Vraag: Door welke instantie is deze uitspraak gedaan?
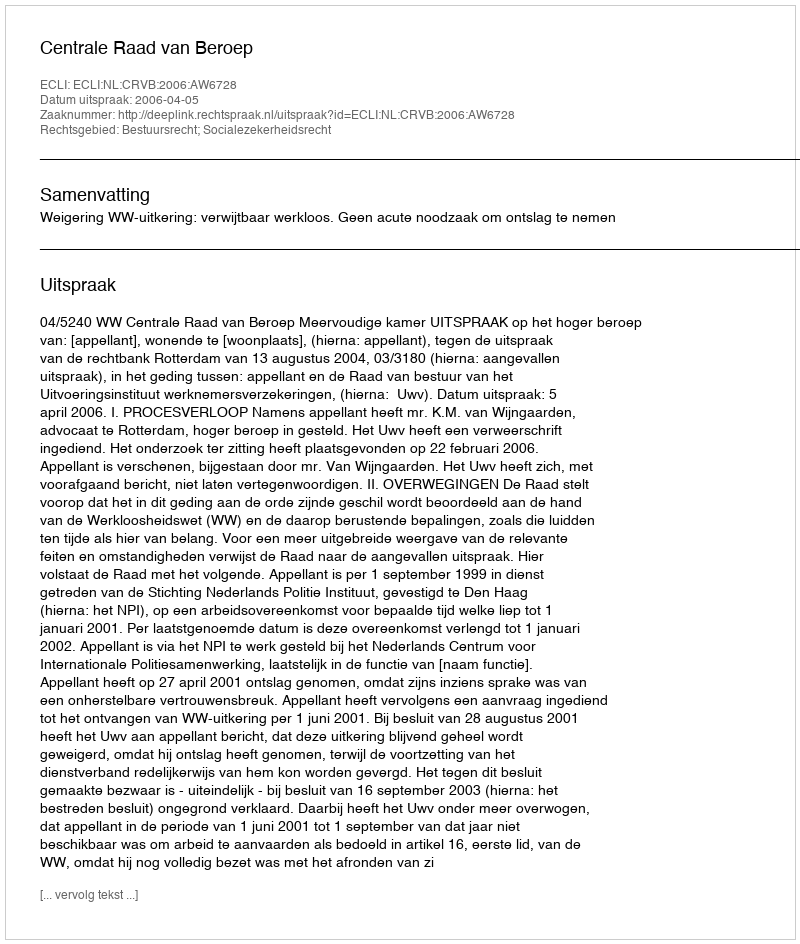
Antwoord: Centrale Raad van Beroep